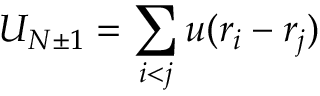
U _ { N \pm 1 } = \sum _ { i < j } u ( r _ { i } - r _ { j } )